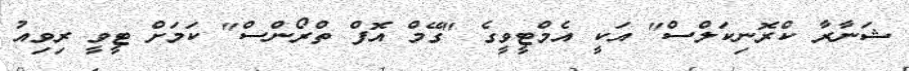
ޝަނާރާ ކްރޮނިކަލްސް" އަކީ އެމްޓީވީގެ "ގޭމް އޮފް ތްރޯންސް" ކަމަށް ޓީވީ ރިވިއު